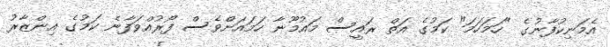
އެމަނިކުފާނުގެ "ހަމަހަމަ" ކަމުގެ އަތް ރައީސް މައުމޫނާ ހަމައަށްވެސް ފޯރުއްވަފާނެ ކަމުގެ އިންޒާރު